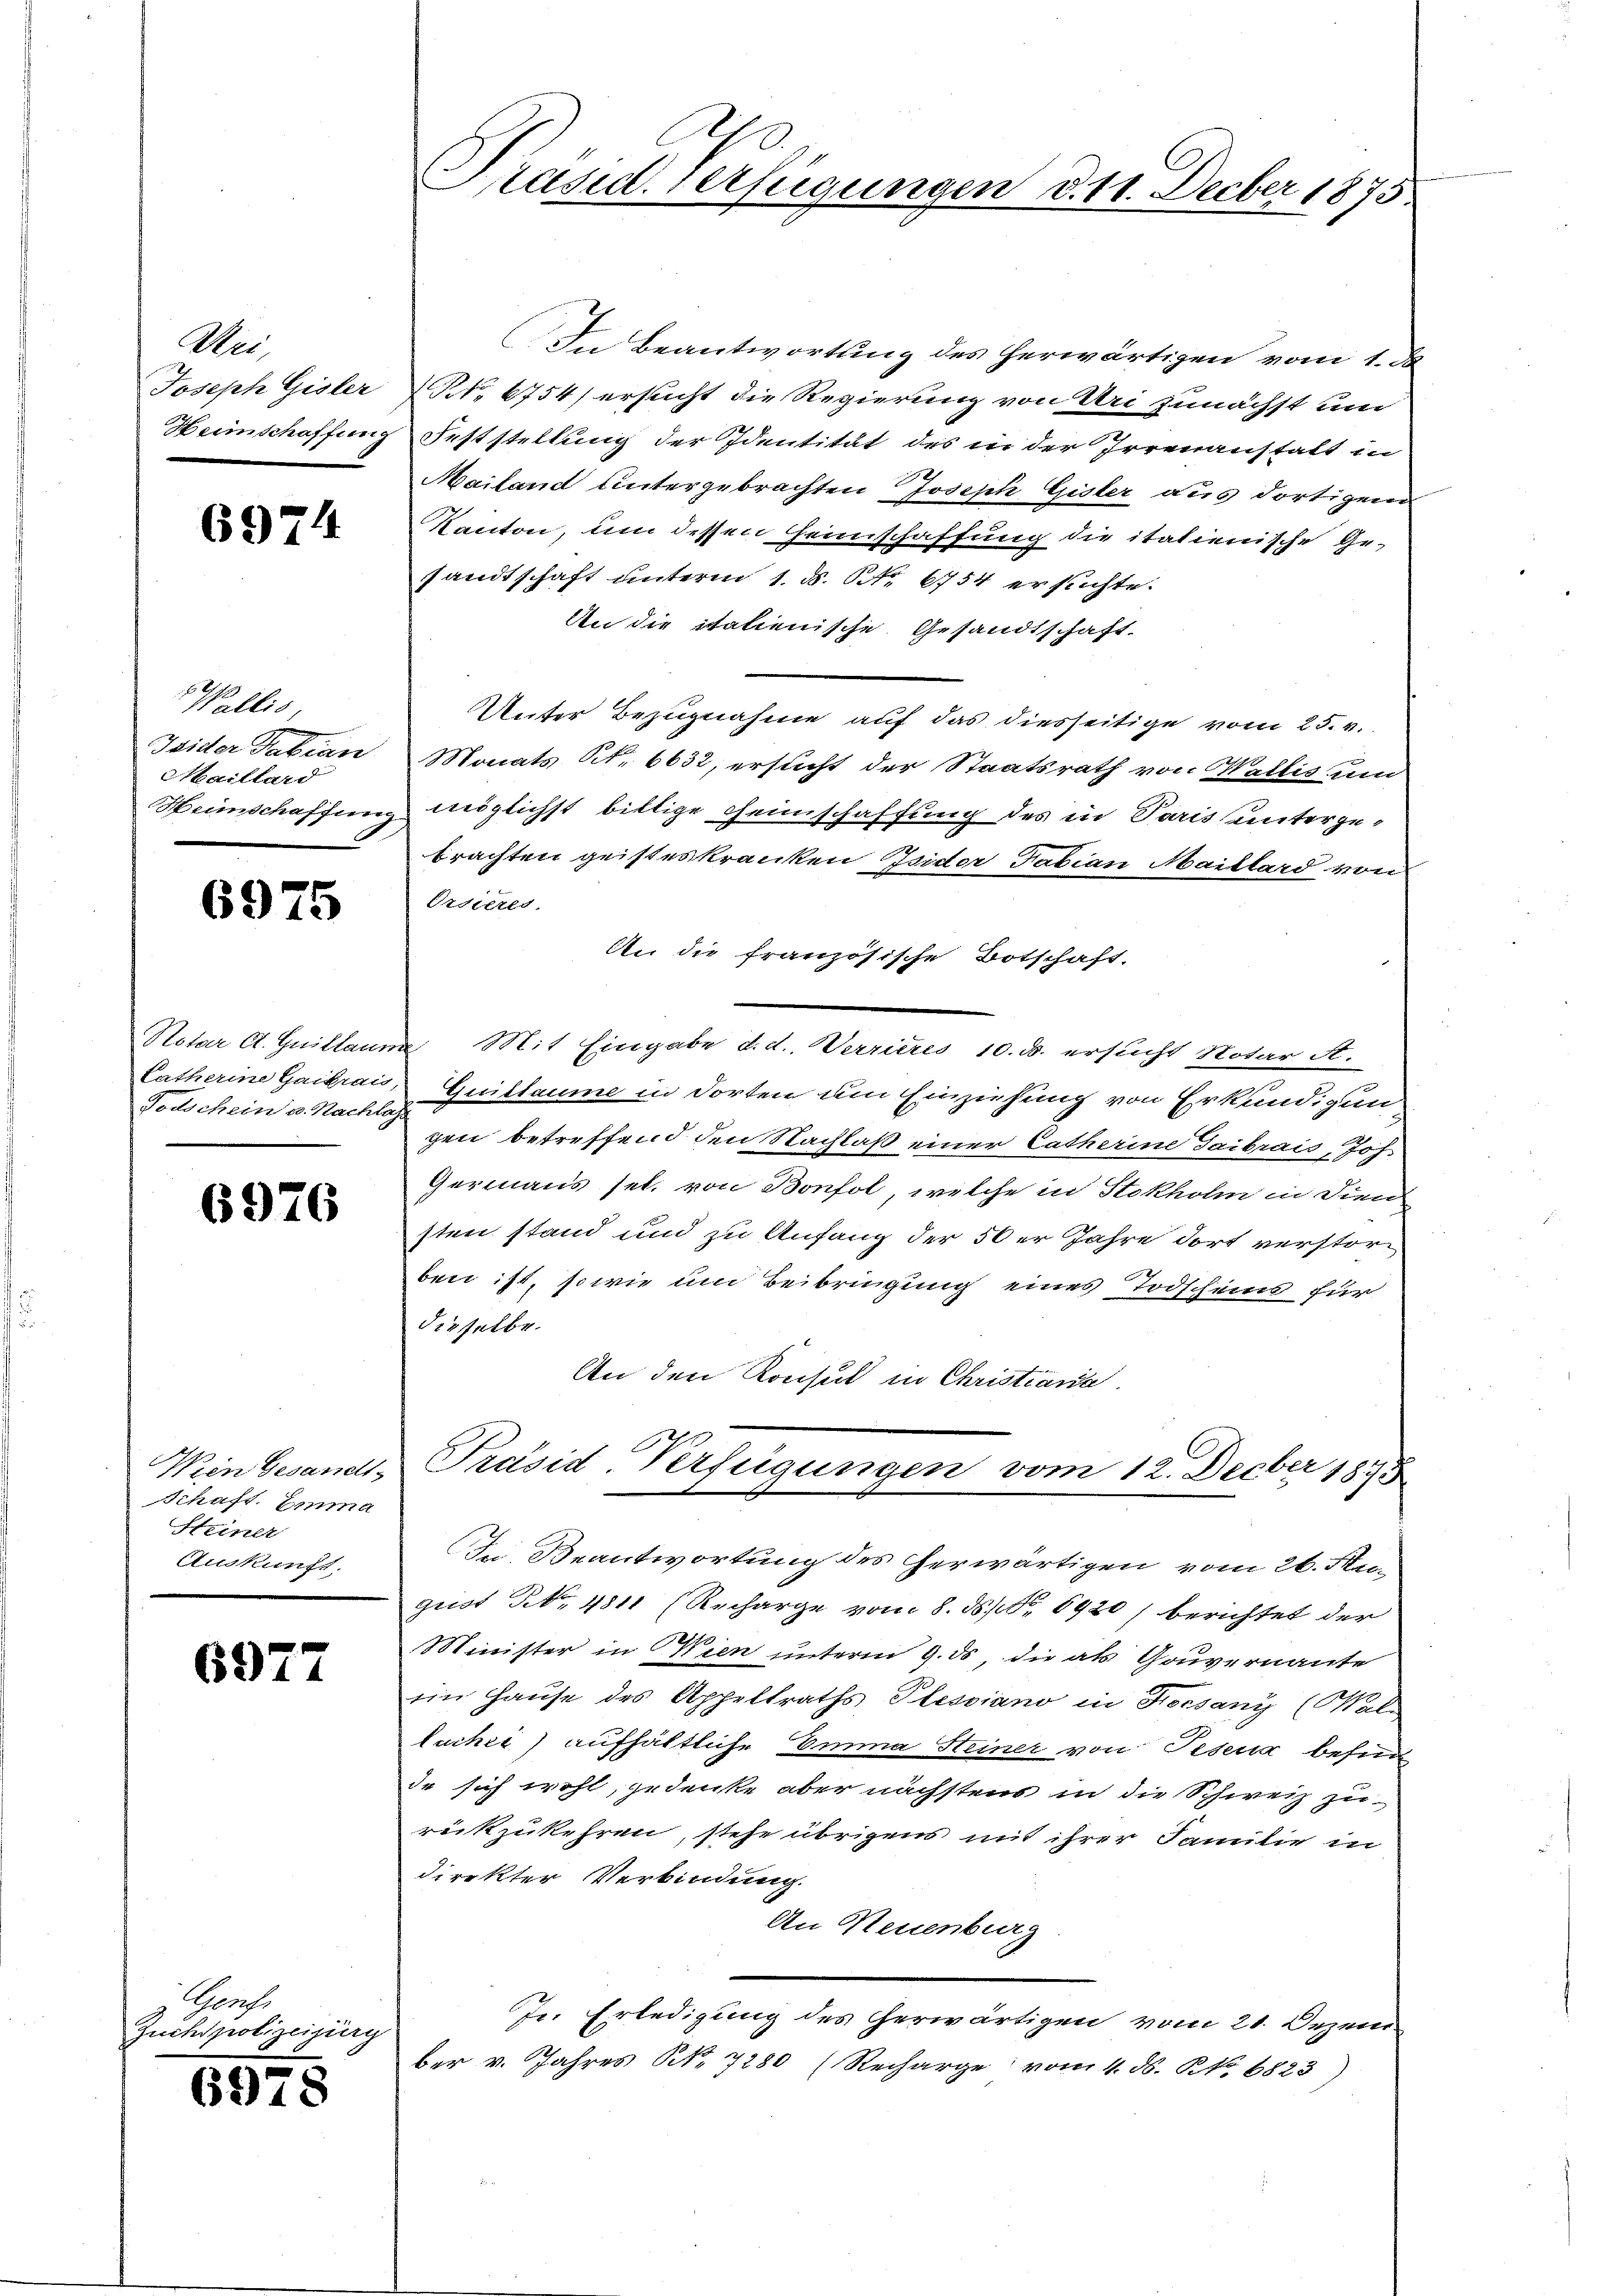
Uri,
Joseph Gisler
Heimschaffung

6974

Wallis
Jsider Fabian
Maillard
Heinschaffung

6975

Notar Ct. Guillaus
Latherine Gaibrais
Todschein u. Nachlo

6976

Wien Gesandt
Schaft. Emma
Steiner
Auskunft.

6977

Schrift
Zuchspolizeiurg

6978

Präsid. Verfügungen d. 11. Decber 1873

In Beantwortung des herwärtigen vom 1. d.
Nr. 6754) ersucht die Regierung von Uri zunächst um
Feststellung der Identität des in der Irrenanstalt in
2
Mailand untergebrachten Joseph Gisler aus dortigen
Kanton, um dessen Heimschaffung die italienische Ge-
sandtschaft unterm 1. d. 11. 6754 ersuchte.
An die italienische Gesandtschaft.
Unter Bezugnahme auf das diesseitige vom 25. v.
Monats Nr. 6632, ersucht der Staatsrath von Wallis um
möglichst billige Heimschaffung des in Paris unterge-
brachten geisteskranken Isider Fabian Maillard von
Ordieres
An die französische Botschaft.
 Mit Eingabe d. d. Verrieres 10. d. ersucht Notar A.
Guillaume in dorten dem Einziehung von Erkundigun
gen betreffend den Nachlaß einer Catherine Taibrais, Joh.
Germaus sel. von Bonfol, welche in Stokhohn in dien
sten stand und zu Anfang der 50er Jahre dort verstorben ist, sowie um Beibringung eines Todscheins für
dieselbe.
An den Konsul in Christiania
Präsid-Verfügungen vom 12. Decber 1835
In Beantwortung des herwärtigen vom 26. August No. 4811 (Recharge vom 8. ds. No. 6920) berichtet der
Minister in Wien unterm 9. ds, die als Gouvernante
ein Hause des Appeltraths Plessiano in Hocsany (Wal
lucher) aufhältliche Emma Steiner von Pesen besin
de sich wohl, gedenke aber nächstens in die Schweiz zurückzukehren, stehe übrigens mit ihrer Familie in
direkter Verbindung.
An Neuenburg
Jr. Erledigung des herwärtigen vom 21. Dezem
ber v. Jahres N. 7280 (Recharge vom 4. ds. No. 6823)